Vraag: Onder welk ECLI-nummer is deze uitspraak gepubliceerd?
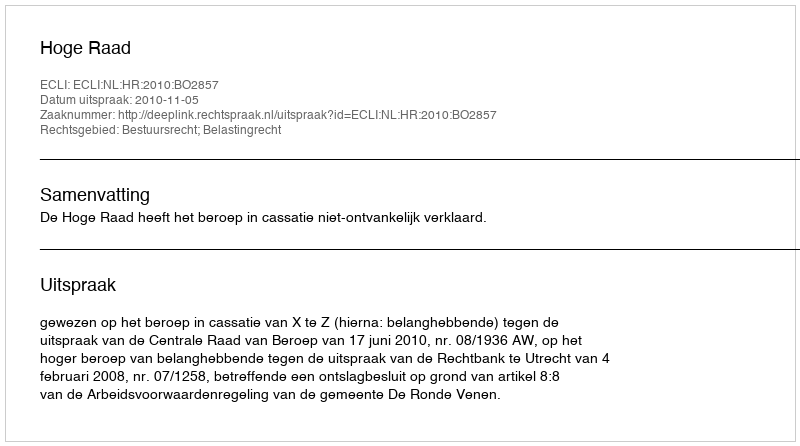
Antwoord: ECLI:NL:HR:2010:BO2857